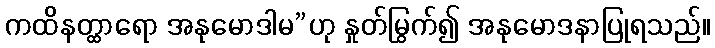
ကထိနတ္ထာရော အနုမောဒါမ”ဟု နှုတ်မြွက်၍ အနုမောဒနာပြုရသည်။